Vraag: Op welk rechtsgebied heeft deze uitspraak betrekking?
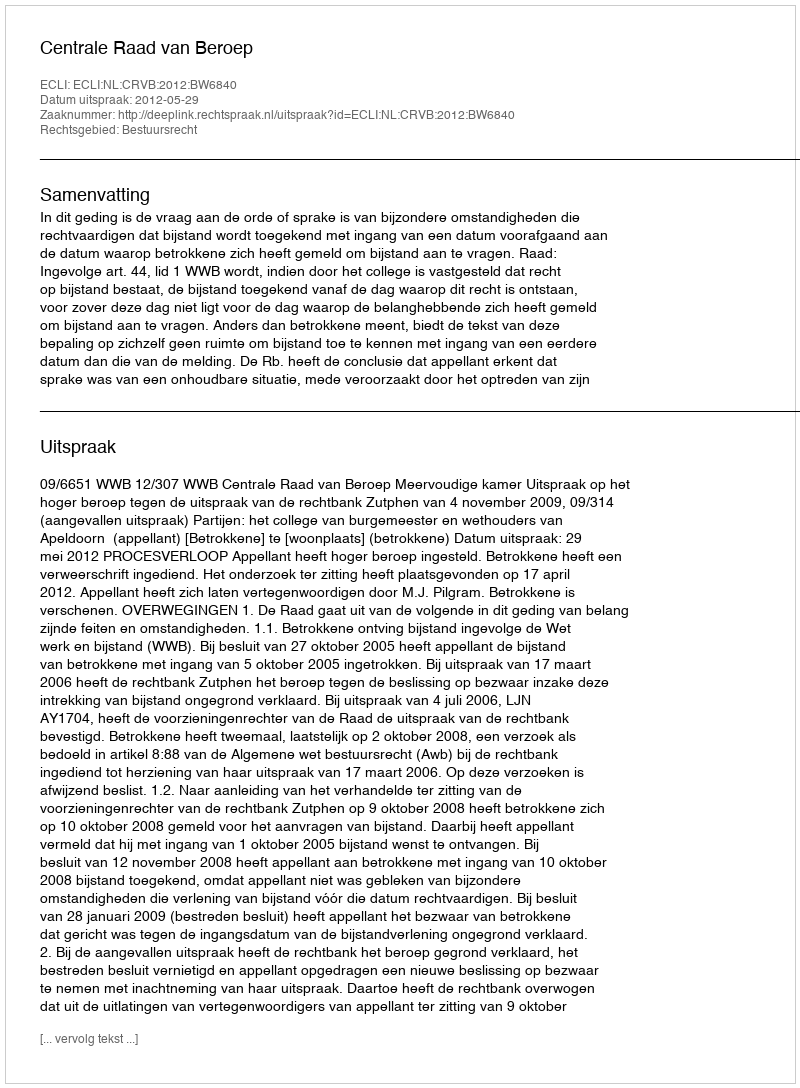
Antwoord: Bestuursrecht